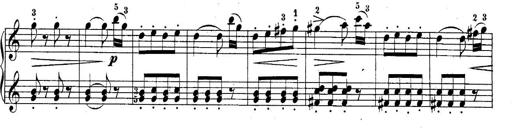
Title: 10 Sonatines progressives
Composer: Anton Schmoll